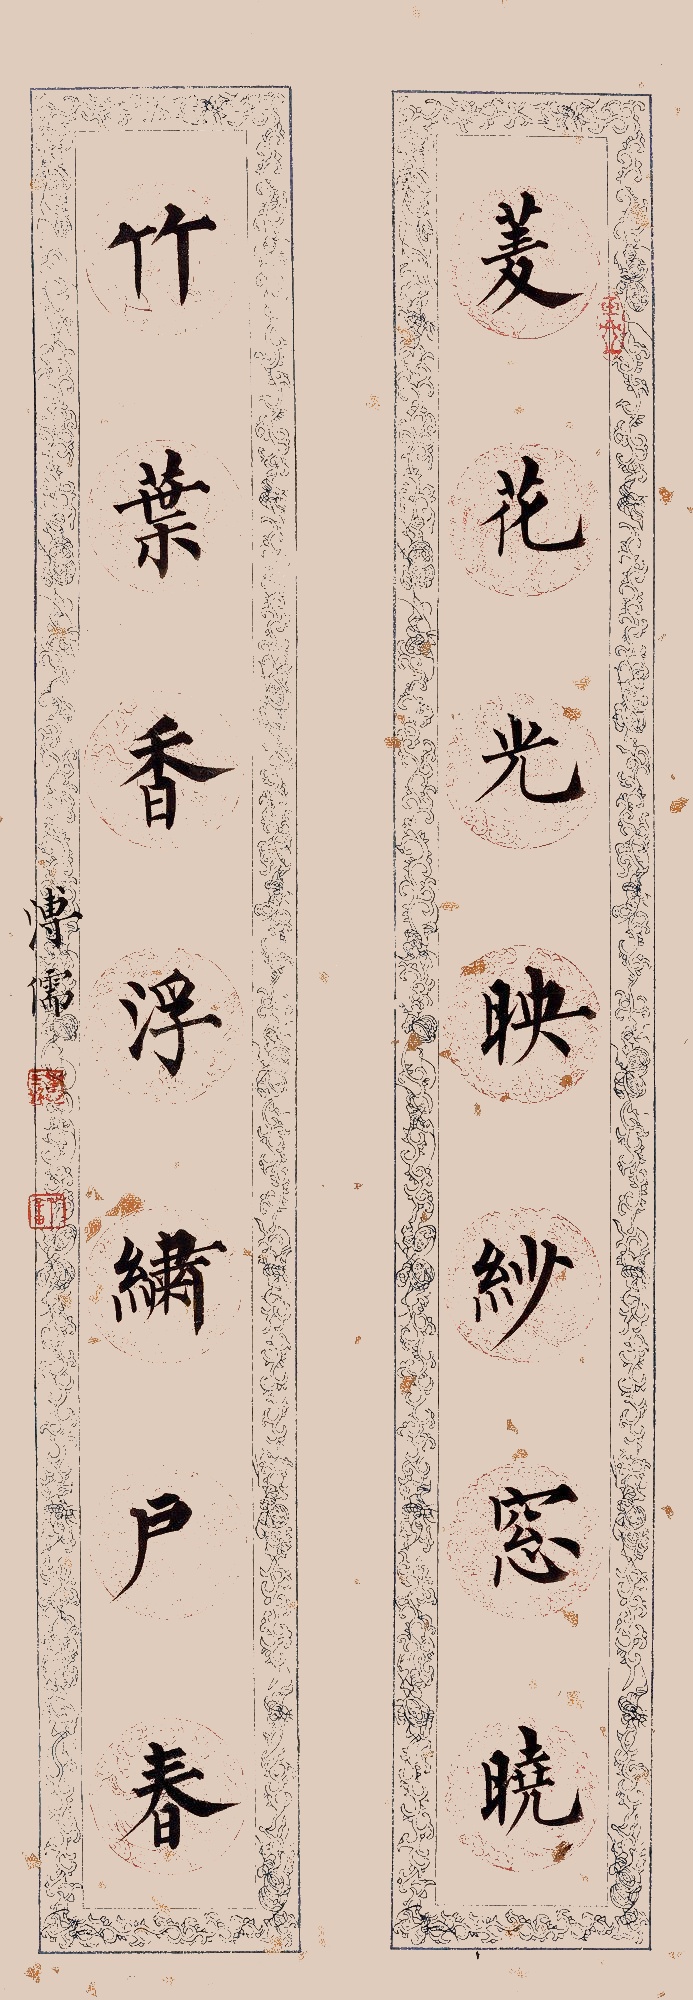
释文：菱花光映纱窗晓，竹叶香浮绣户春。溥儒。